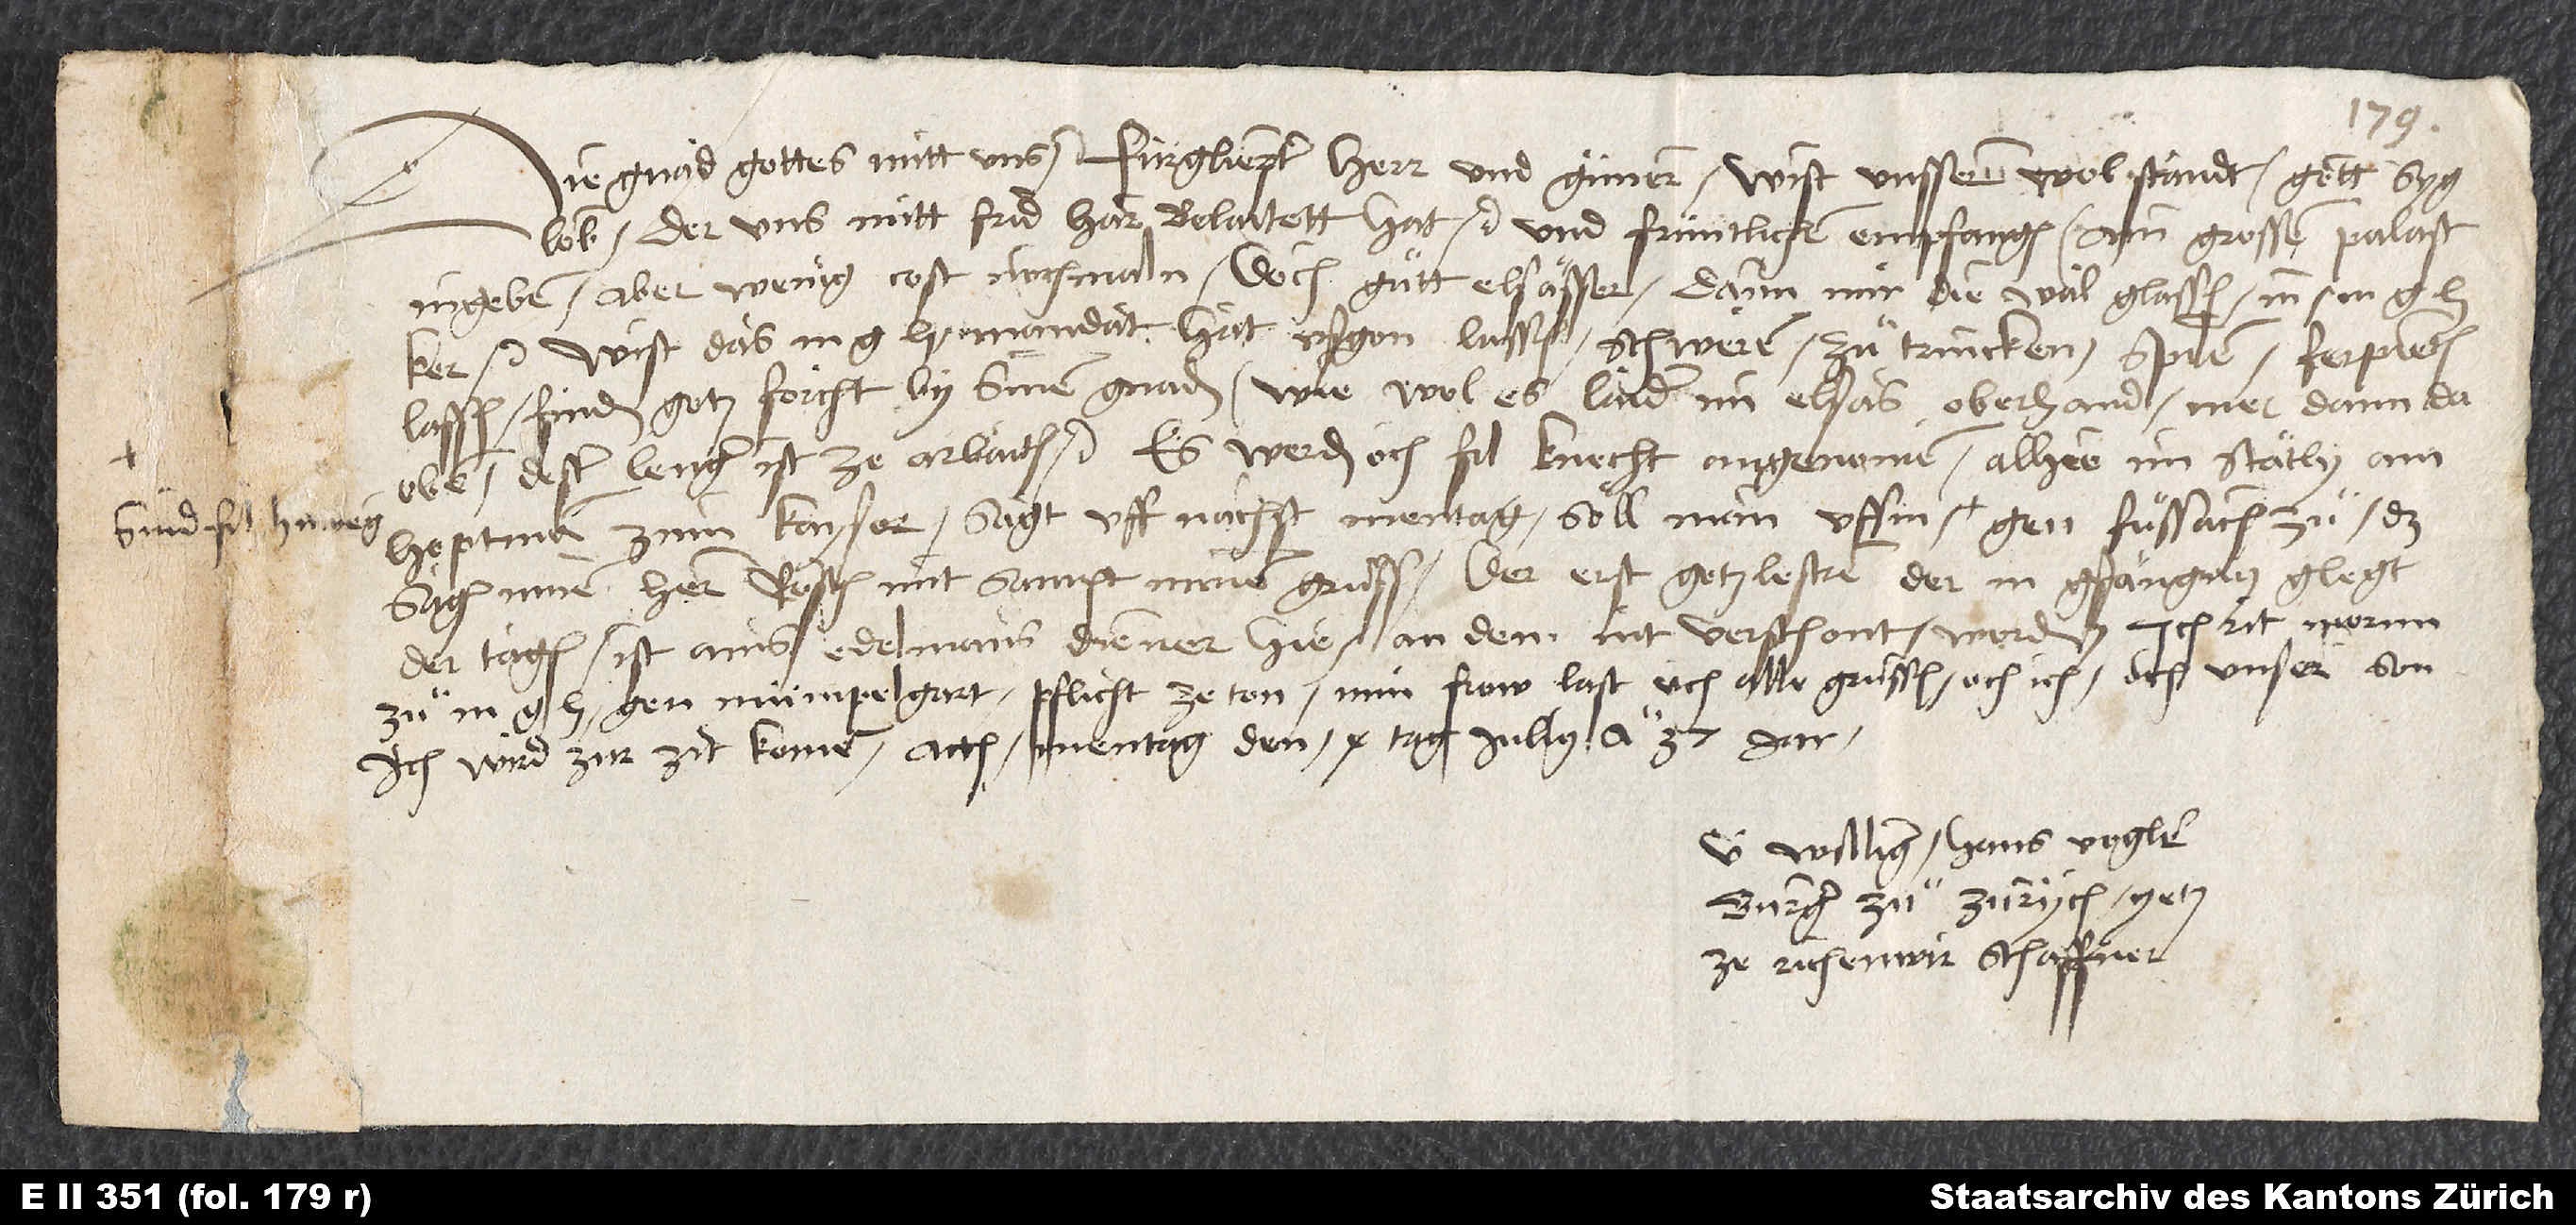
Die gnad gottes mitt uns. Fürgliepter herr und güner, wist unssern wolstandt, gott syg
lob, der uns mitt frid har belaitett hat etc., und früntlichen empfangen, ain grossen palast
ingeben, aber wenig cost nochmaln, doch guͦtt Elsässer, dann mir die wal glassen in m
ker etc. Wist, das m. g. h. mandat hat usgon lassen, schweren, zuͦtrincken, spilen ferpieten
lassen; finden gotzforcht by sinen gnaden. Wiewol es laider im Elsas oberhand, mer dann da
oben. Dester lenger ist ze arbaiten etc. Es werden och fil knecht angenomen, alhie im stätly am
hoptman zum kayser. Sagt, uff nächst mentag söll man ussin hinweg gen Fuͦssach zuͦ. Das
sagen minem her Rösten mitsampt minem gruͦß. Der erst gotzlestrer, der in gfängnus glegt
der tagen, ist ains edelmans diener hie, an dem nit verschont worden. Ich rit mornn
zuͦ m. g. h. gen Mümpelgart, pflicht ze ton. Min frow laßt uch alle gruͤssen, och ich, och unser son.
Ich wird zur zit komen. Actum mentag, den 9. tag iuliy anno 37. jar.
U williger Hans Vogler,
burger zuͦ Zürich, yetz
ze Richenwir schaffner.